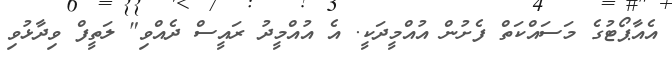
އެއާޕޯޓުގެ މަސައްކަތް ފެށުން އުއްމީދަކީ. އެ އުއްމީދު ރައީސް ދެއްވި" ލަތީފް ވިދާޅުވި